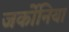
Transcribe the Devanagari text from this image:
जर्कोनिया